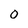
Character: O